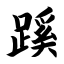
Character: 蹊